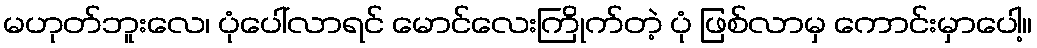
မဟုတ်ဘူးလေ၊ ပုံပေါ်လာရင် မောင်လေးကြိုက်တဲ့ ပုံ ဖြစ်လာမှ ကောင်းမှာပေါ့။